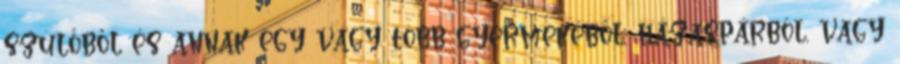
szülőből és annak egy vagy több gyermekéből, házaspárból, vagy